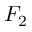
F _ { 2 }